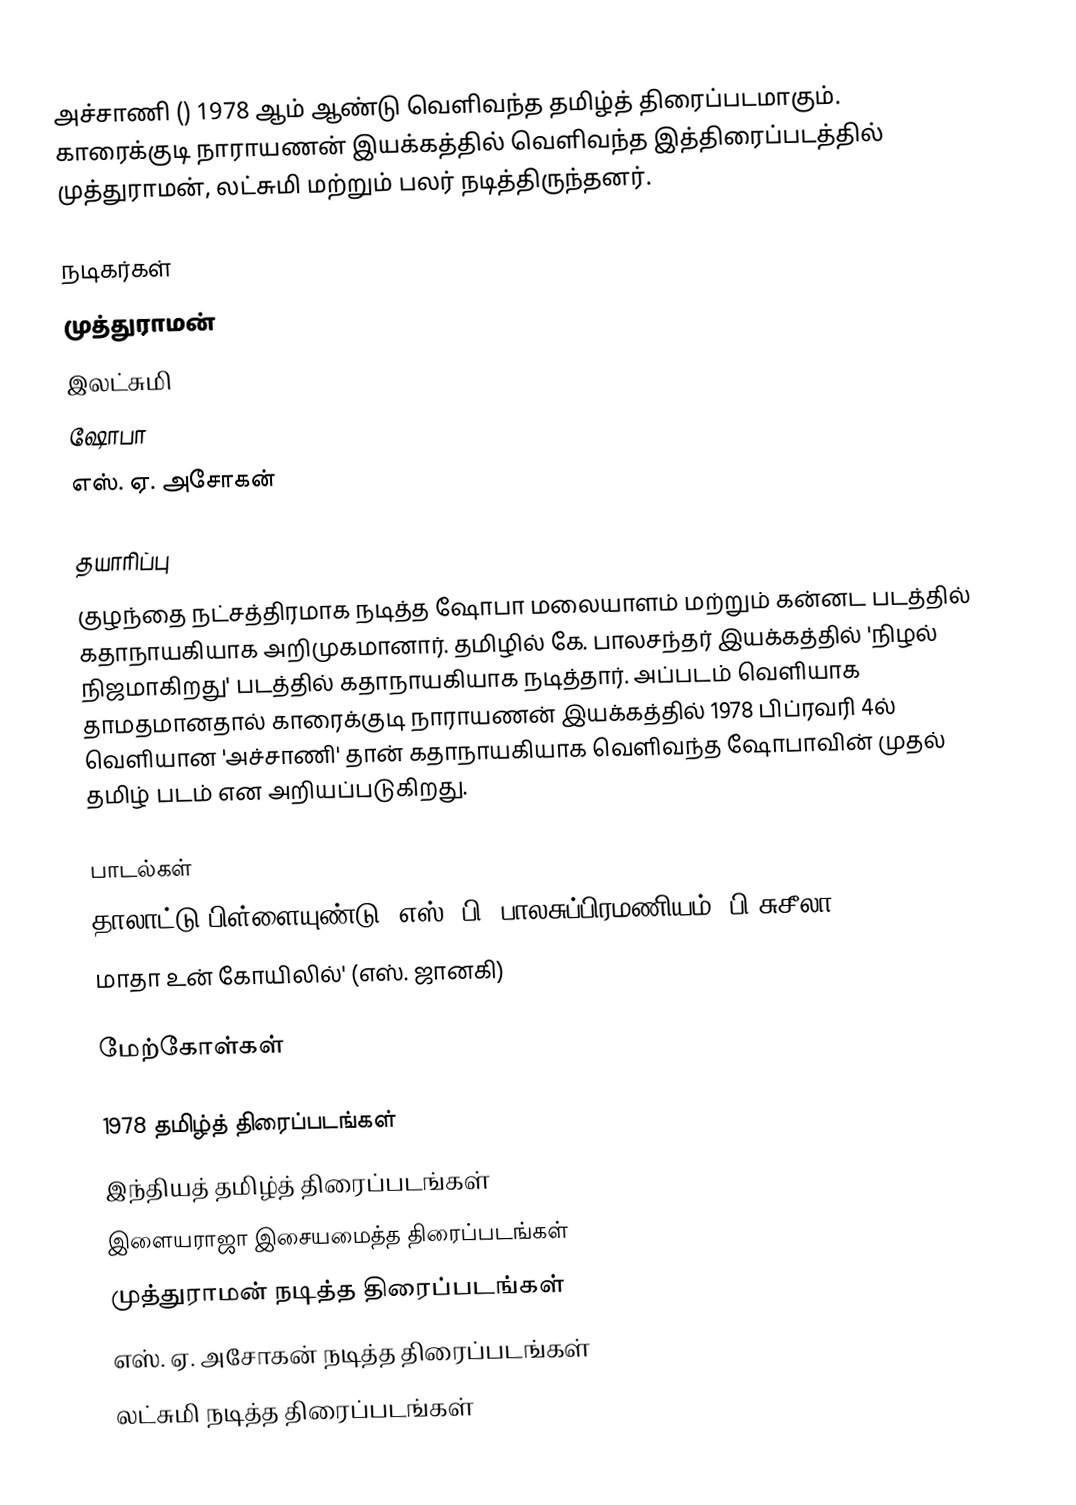
அச்சாணி () 1978 ஆம் ஆண்டு வெளிவந்த தமிழ்த் திரைப்படமாகும். காரைக்குடி நாராயணன் இயக்கத்தில் வெளிவந்த இத்திரைப்படத்தில் முத்துராமன், லட்சுமி மற்றும் பலர் நடித்திருந்தனர்.

நடிகர்கள்
 முத்துராமன்
 இலட்சுமி
 ஷோபா
 எஸ். ஏ. அசோகன்

தயாரிப்பு
குழந்தை நட்சத்திரமாக நடித்த ஷோபா மலையாளம் மற்றும் கன்னட படத்தில் கதாநாயகியாக அறிமுகமானார். தமிழில் கே. பாலசந்தர் இயக்கத்தில் 'நிழல் நிஜமாகிறது' படத்தில் கதாநாயகியாக நடித்தார். அப்படம் வெளியாக தாமதமானதால் காரைக்குடி நாராயணன் இயக்கத்தில் 1978 பிப்ரவரி 4ல் வெளியான 'அச்சாணி' தான் கதாநாயகியாக வெளிவந்த ஷோபாவின் முதல் தமிழ் படம் என அறியப்படுகிறது.

பாடல்கள்
தாலாட்டு பிள்ளையுண்டு (எஸ். பி. பாலசுப்பிரமணியம், பி.சுசீலா)
மாதா உன் கோயிலில்' (எஸ். ஜானகி)

மேற்கோள்கள்

1978 தமிழ்த் திரைப்படங்கள்
இந்தியத் தமிழ்த் திரைப்படங்கள்
இளையராஜா இசையமைத்த திரைப்படங்கள்
முத்துராமன் நடித்த திரைப்படங்கள்
எஸ். ஏ. அசோகன் நடித்த திரைப்படங்கள்
லட்சுமி நடித்த திரைப்படங்கள்